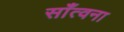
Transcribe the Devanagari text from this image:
साँत्वना